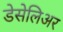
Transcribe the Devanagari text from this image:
डेसेलिअर